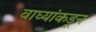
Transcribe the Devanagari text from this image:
वाघ्यांकडून